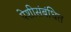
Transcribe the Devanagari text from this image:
पेशीसंबंधित